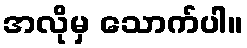
အလိုမှ သောက်ပါ။